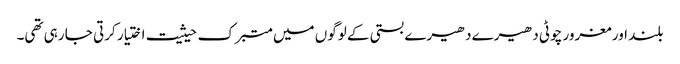
بلند اور مغرور چوٹی دھیرے دھیرے بستی کے لوگوں میں متبرک حیثیت اختیار کرتی جا رہی تھی۔